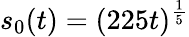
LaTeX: s_{0}(t)\stackrel{}{=}(225t)^{\frac 15}